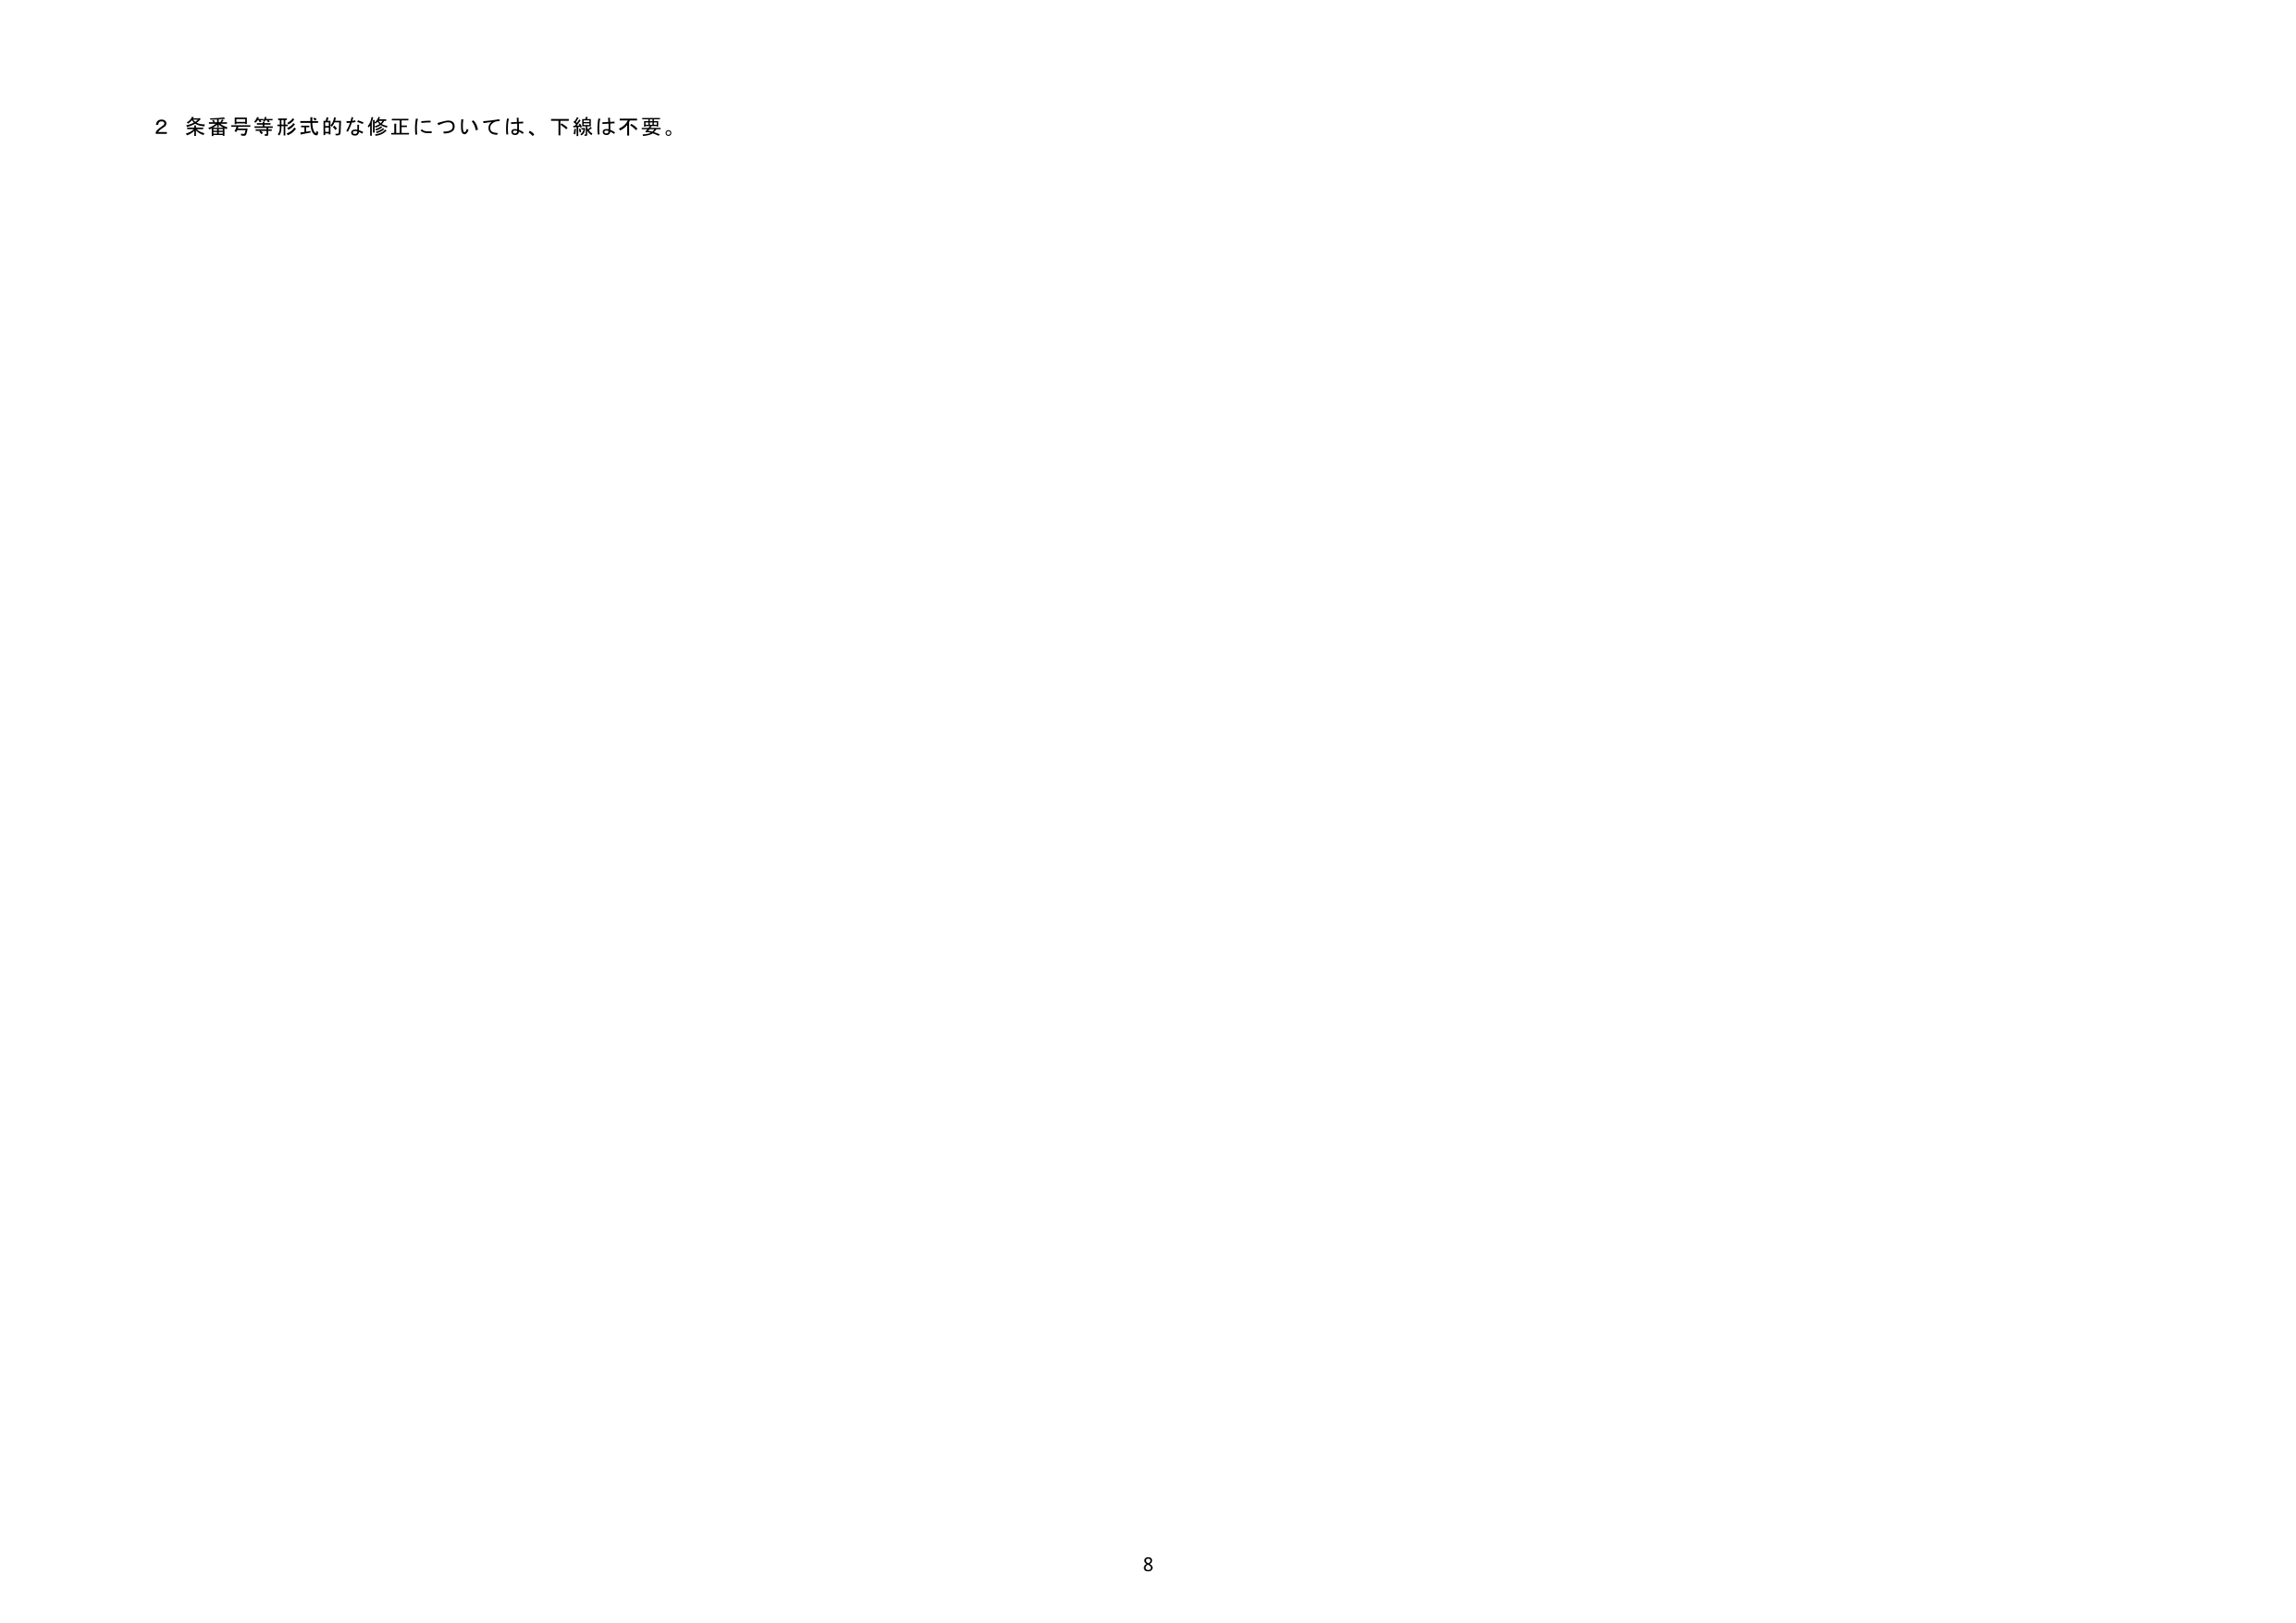
2 条番号等形式的な修正については、下線は不要。

8